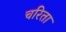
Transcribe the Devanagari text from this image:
चरिता